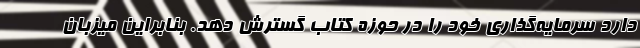
دارد سرمایه‌گذاری خود را در حوزه کتاب گسترش دهد. بنابراین میزبان